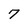
Character: 7